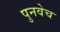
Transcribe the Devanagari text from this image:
पुनवेच